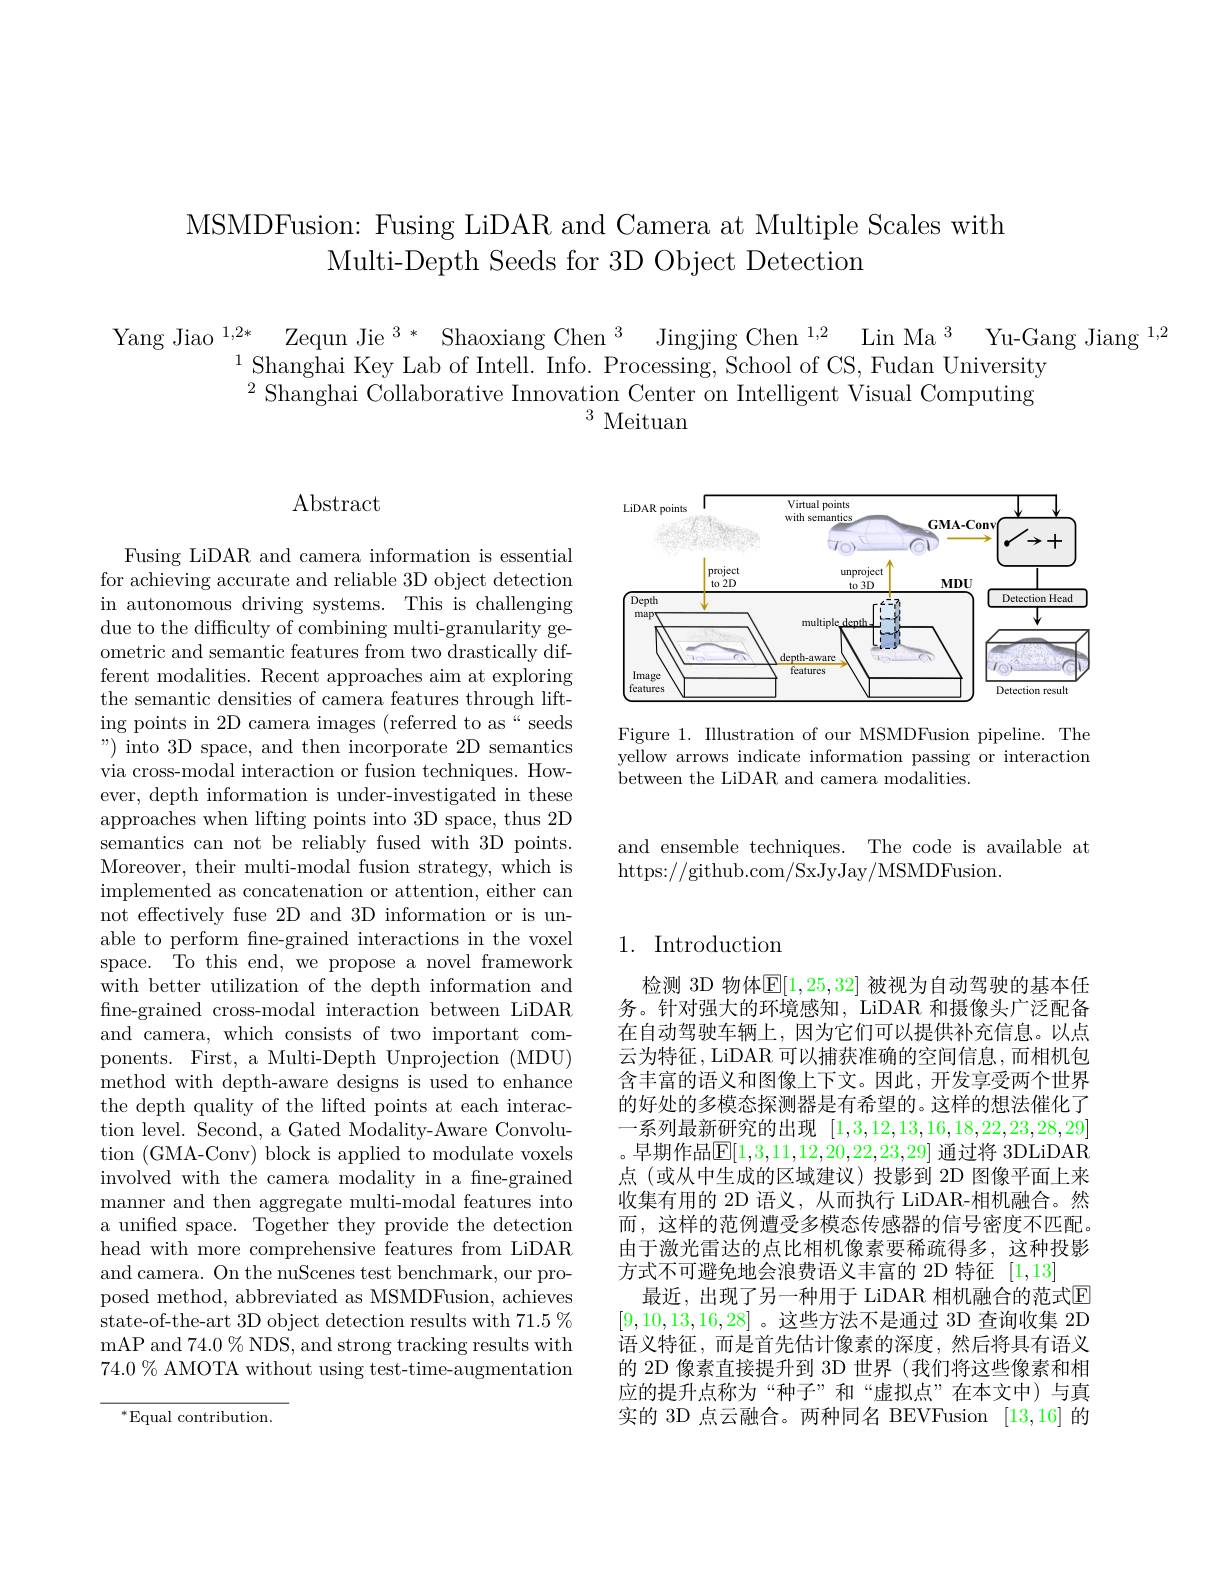
MSMDFusion: Fusing LiDAR and Camera at Multiple Scales with
Multi-Depth Seeds for 3D Object Detection

Yang Jiao $^{1, 2* }$ Zequn Jie $^3*$ Shaoxiang Chen$^3$ Jingjing Chen$^{1, 2}$ Lin Ma$^{3}$ Yu-Gang Jiang$^{1,2}$
$^{1}$Shanghai Key Lab of Intell. Info. Processing, School of CS, Fudan University $^{2}$Shanghai Collaborative Innovation Center on Intelligent Visual Computing
$^{3}$ Meituan

## $\operatorname{Abstract}$

<FigureHere>

Figure 1. Illustration of our MSMDFusion pipeline. The yellow arrows indicate information passing or interaction between the LiDAR and camera modalities.

and ensemble techniques. The code is available at
https://github.com/SxJyJay/MSMDFusion.

# 1. Introduction

Fusing LiDAR and camera information is essential for achieving accurate and reliable 3D object detection in autonomous driving systems. This is challenging due to the difficulty of combining multi-granularity geometric and semantic features from two drastically different modalities. Recent approaches aim at exploring the semantic densities of camera features through lifting points in 2D camera images (referred to as“seeds " ) into 3D space, and then incorporate 2D semantics via cross-modal interaction or fusion techniques. However, depth information is under-investigated in these approaches when lifting points into 3D space, thus 2D semantics can not be reliably fused with 3D points. Moreover, their multi-modal fusion strategy, which is implemented as concatenation or attention, either can not effectively fuse 2D and 3D information or is unable to perform fne-grained interactions in the voxel space. To this end, we propose a novel framework with better utilization of the depth information and fine-grained cross-modal interaction between LiDAR and camera, which consists of two important components. First, a Multi-Depth Unprojection (MDU) method with depth-aware designs is used to enhance the depth quality of the lifted points at each interaction level. Second, a Gated Modality-Aware Convolution (GMA-Conv) block is applied to modulate voxels involved with the camera modality in a fne-grained manner and then aggregate multi-modal features into a unified space. Together they provide the detection head with more comprehensive features from LiDAR and camera. On the nuScenes test benchmark, our proposed method, abbreviated as MSMDFusion, achieves state-of-the-art 3D object detection results with 71.5% mAP and 74.0 % NDS, and strong tracking results with $74.0\%$ AMOTA without using test-time-augmentation

检测 3D 物体$\mathbb{E}[1,25,32]$ 被视为自动驾驶的基本任务。针对强大的环境感知，LiDAR 和摄像头广泛配备在自动驾驶车辆上，因为它们可以提供补充信息。以点云为特征，LiDAR 可以捕获准确的空间信息，而相机包含丰富的语义和图像上下文。因此，开发享受两个世界的好处的多模态探测器是有希望的。这样的想法催化了一系列最新研究的出现[1,3,12,13,16,18,22,23,28,29] 。早期作品$\mathbb{E}[1,3,11,12,20,22,23,29]$ 通过将 3DLiDAR 点 (或从中生成的区域建议)投影到 2D 图像平面上来收集有用的 2D 语义，从而执行 LiDAR-相机融合。然而，这样的范例遭受多模态传感器的信号密度不匹配。由于激光雷达的点比相机像素要稀疏得多，这种投影方式不可避免地会浪费语义丰富的 2D 特征[1,13]
最近，出现了另一种用于 LiDAR 相机融合的范式E [9,10,13,16,28] 。这些方法不是通过 3D 查询收集 2D 语义特征，而是首先估计像素的深度，然后将具有语义的 2D 像素直接提升到 3D 世界 (我们将这些像素和相应的提升点称为“种子”和“虚拟点”在本文中)与真实的 3D 点云融合。两种同名 BEVFusion [13,16]的

$^{*}$Equal contribution.